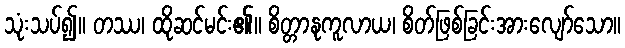
သုံးသပ်၍။ တဿ၊ ထိုဆင်မင်း၏။ စိတ္တာနုကူလာယ၊ စိတ်ဖြစ်ခြင်းအားလျော်သော။